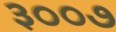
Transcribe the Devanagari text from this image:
३००७